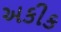
અકીક